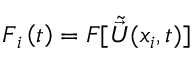
\boldsymbol { F } _ { i } \left( t \right) = \boldsymbol { F } [ \tilde { \vec { U } } ( x _ { i } , t ) ]